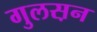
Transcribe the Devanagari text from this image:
गुलस़न